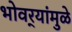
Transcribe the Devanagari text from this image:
भोवर्‍यांमुळे